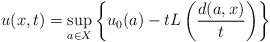
LaTeX: \begin{align*}u(x, t)=\sup_{a \in X} \left\{u_0(a)-t L\left({d(a, x)\over t}\right)\right\}\end{align*}